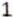
1